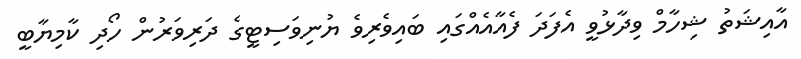
އާއިޝަތު ޝިހާމް ވިދާޅުވީ އެފަދަ ފެއާއެއްގައި ބައިވެރިވެ ޔުނިވަސިޓީގެ ދަރިވަރުން ހޯދި ކާމިޔާބީ